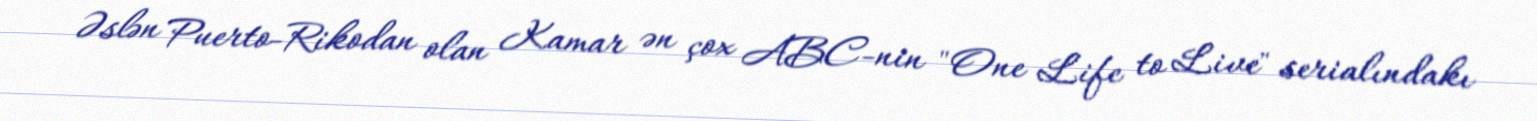
Əslən Puerto-Rikodan olan Kamar ən çox ABC-nin "One Life to Live" serialındakı